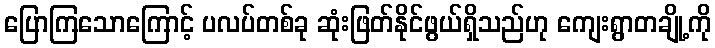
ပြောကြသောကြောင့် ပလပ်တစ်ခု ဆုံးဖြတ်နိုင်ဖွယ်ရှိသည်ဟု ကျေးရွာတချို့ကို